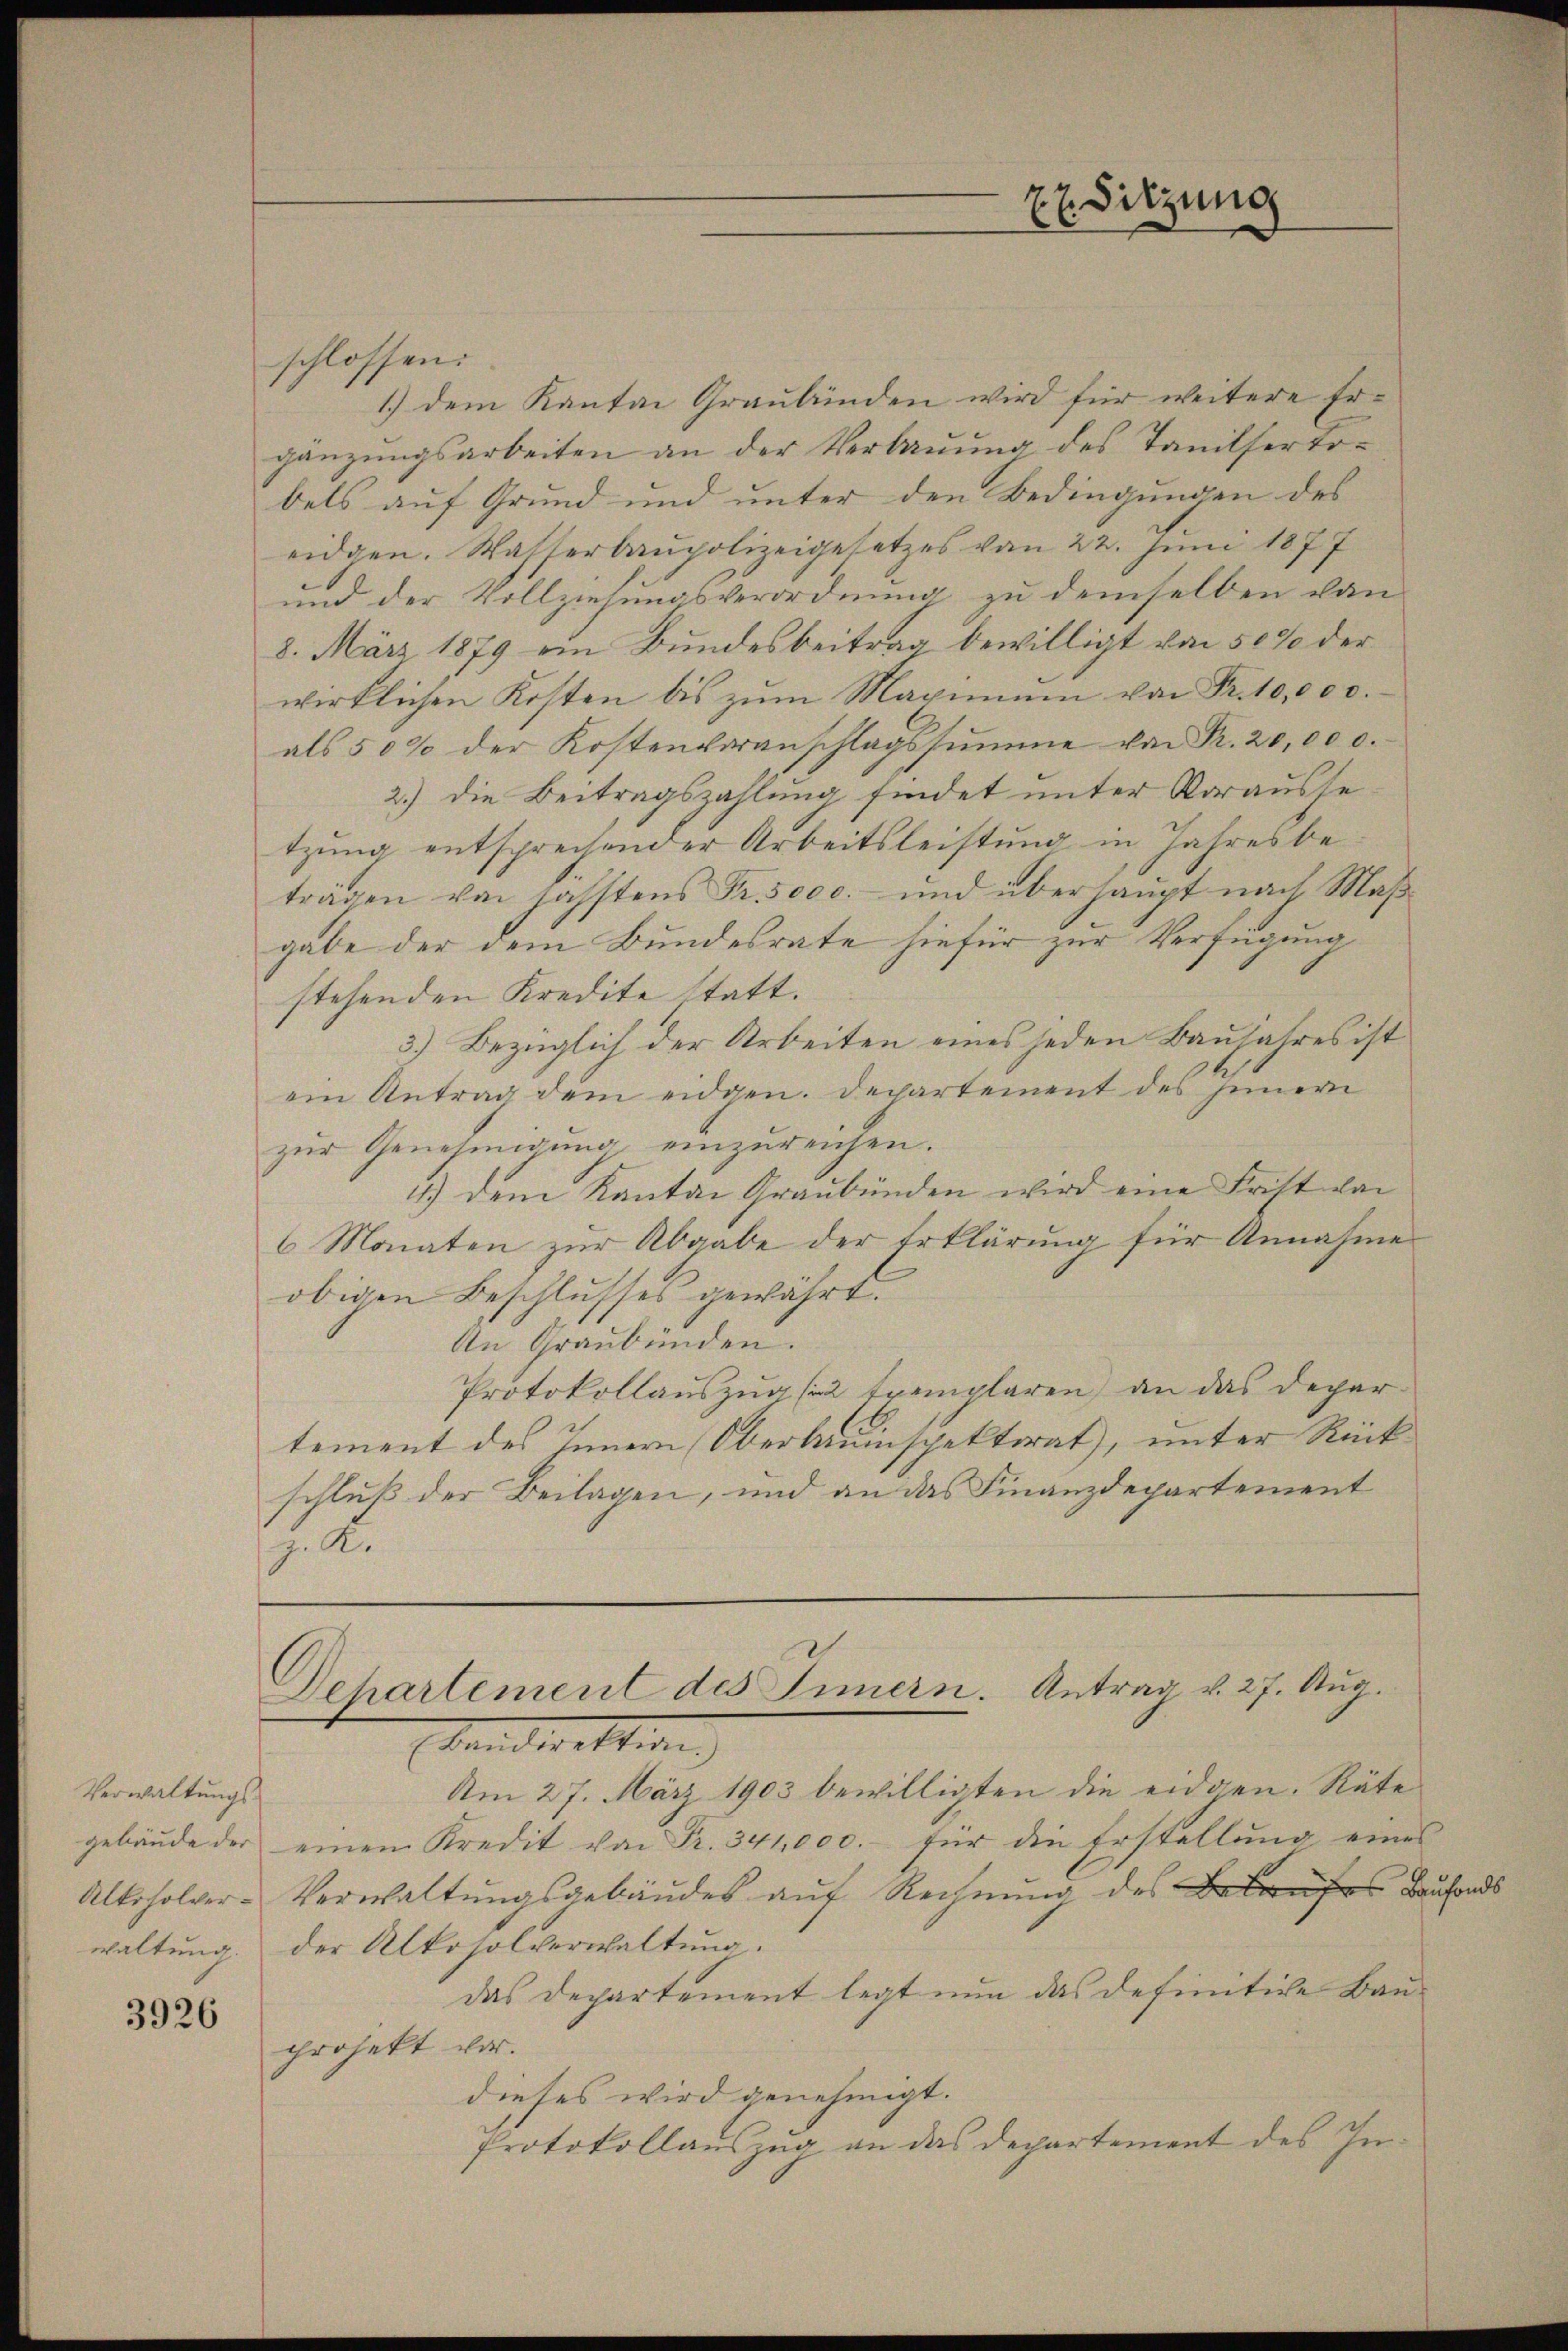
Verwaltungs¬
Alkoholver¬

3926

schlossen:
1.) dem Kanton Graubünden wird für weitere Ergänzungsarbeiten an der Verbauung des Tanilsertobels auf Grund und unter den Bedingungen des
eidgen. Wasserbaupolizeigesetzes vom 22. Juni 1877
und der Vollziehungsverordnung zu demselben von
8. März 1879 ein Bundesbeitrag bewilligt von 50% der
wirklichen Kosten bis zŭm Maximum von Fr. 10,000.
als 50% der Kostenveranschlagssumme von Fr. 20,00 c.
2.) Die Beitragszahlung findet unter Voraussetzung entsprechender Arbeitsleistung in Jahresbe-
trägen von sahstens Fr. 5000.- und überhaupt nach Maßgabe der dem Bundesrate hiefür zur Verfügung
stehenden Kredite statt.
2.) Bezüglich der Arbeiten eines jeden Baujahres ist
ein Antrag dem eidgen. Departement des Innern
zur Genehmigung einzureichen.
4.) dem Kanton Graubünden wird eine Frist von
6 Monaten zur Abgabe der Erklärung für Annahme
obigen Beschlusses gewährt.
An Graubünden.
Protokollauszug (2 Exemplaren) an das Departement des Innern Oberbauinspektorat, unter Rück
schluß der Beilagen, und an das Finanzdepartement
J. A.

Standirektion
Am 27. März 1903 bewilligten die eidgen. Räte
gebäude der einem Kredit von Fr. 341,000.- für die Erstellung eines
Verwaltungsgebäudes auf Rechnung des Belaufes Bauhands
waltung der Altosolverwaltung.
das Departement legt nun das definitive Bauprojekt vor.
dieses wird genehmigt.
Protokollauszug an das Departement des In¬

EE Sitzung

Dehartement des Innern. Antrag v. 27. Aug.